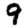
Digit: 9